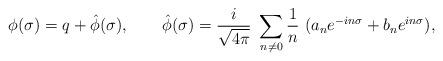
LaTeX: \begin{align*}\phi (\sigma )=q+\hat \phi (\sigma ),\qquad \hat \phi (\sigma )={\frac i{\sqrt{4\pi }}}~\sum_{n\ne 0}{\frac 1n}~(a_ne^{-in\sigma }+b_ne^{in\sigma }),\end{align*}